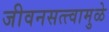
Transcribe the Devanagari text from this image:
जीवनसत्त्वामुळे